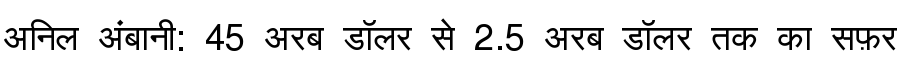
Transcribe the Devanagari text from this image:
अनिल अंबानी: 45 अरब डॉलर से 2.5 अरब डॉलर तक का सफ़र